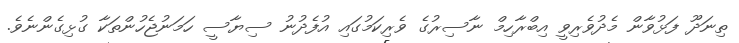
ތިނަދޫ ފަޅުވާން މެދުވެރިވީ އިބްރާހިމް ނާސިރުގެ ވެރިކަމުގައި އުފެދުނު ސިޔާސީ ހަމަނުޖެހުންތަކާ ގުޅިގެންނެވެ.